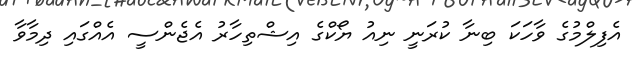
އެފިލްމުގެ ވާހަކަ ބިނާ ކުރަނީ ނިއު ޔޯކްގެ އިޝްތިހާރު އެޖެެންސީ އެއްގައި ދިމާވާ